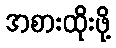
အစားထိုးဖို့